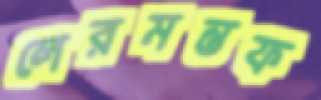
লেরমন্তফ